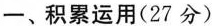
一、积累运用(27分)